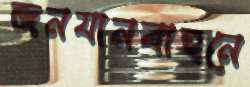
জনযানবাহনে